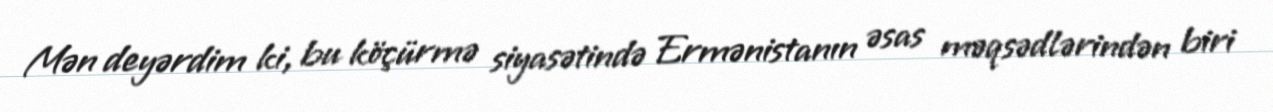
Mən deyərdim ki, bu köçürmə siyasətində Ermənistanın əsas məqsədlərindən biri